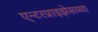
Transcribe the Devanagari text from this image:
एन्टरप्राइझेसच्या